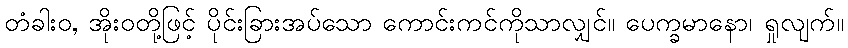
တံခါးဝ, အိုးဝတို့ဖြင့် ပိုင်းခြားအပ်သော ကောင်းကင်ကိုသာလျှင်။ ပေက္ခမာနော၊ ရှုလျက်။